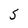
Character: 5